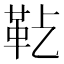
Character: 𩉟